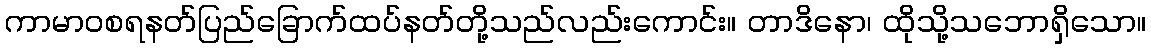
ကာမာဝစရနတ်ပြည်ခြောက်ထပ်နတ်တို့သည်လည်းကောင်း။ တာဒိနော၊ ထိုသို့သဘောရှိသော။